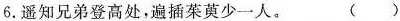
6.遥知兄弟登高处，遍插茱萸少一人。 ()